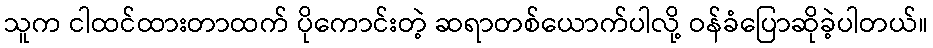
သူက ငါထင်ထားတာထက် ပိုကောင်းတဲ့ ဆရာတစ်ယောက်ပါလို့ ဝန်ခံပြောဆိုခဲ့ပါတယ်။